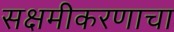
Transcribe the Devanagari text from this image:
सक्षमीकरणाचा